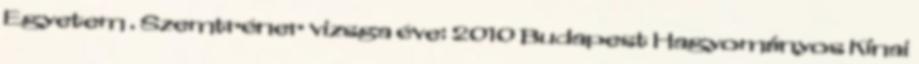
Egyetem . Szemtréner vizsga éve: 2010 Budapest Hagyományos Kínai